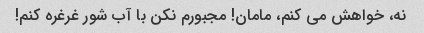
نه، خواهش می کنم، مامان! مجبورم نکن با آب شور غرغره کنم!